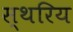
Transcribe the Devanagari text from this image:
स्थरिय